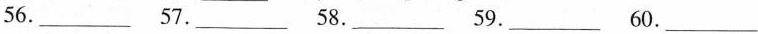
56.___ 7.___ 58.___ 59.___ 60.___